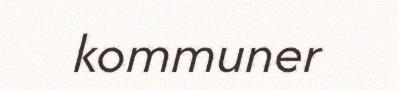
kommuner